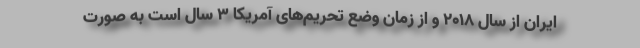
ایران از سال 2018 و از زمان وضع تحریم‌های آمریکا 3 سال است به صورت